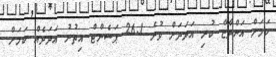
ކަމަށް އަންދާޒާ ކުރި އަދަދަށް ވުރެ 26.1 ޕަސެންޓް އިތުރު އަދަދެއް ކަމަށް